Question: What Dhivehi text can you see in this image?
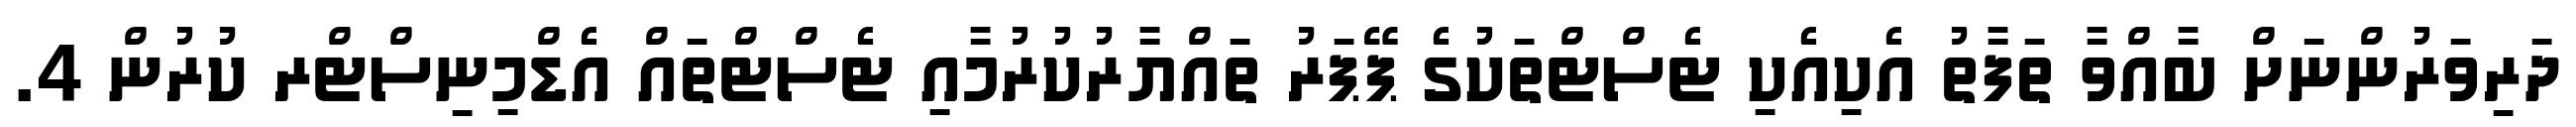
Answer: ދަރިވަރުންނަށް ބާއްވާ ތަފާތު އެކިއެކި ޓެސްޓްތަކުގެ ޕޭޕަރު ތައްޔާރުކުރުމާއި ޓެސްޓްތައް އެޑްމިނިސްޓްރ ކުރުން 4.